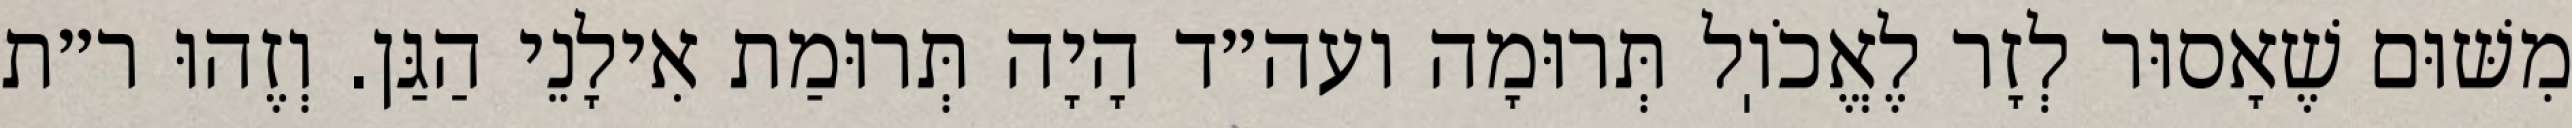
מִשּׁוּם שֶׁאָסוּר לְזָר לֶאֱכֹוֽל תְּרוּמָה ועה״ד הָיָה תְּרוּמַת אִילָנֵי הַגַּן. וְזֶהוּ ר״ת